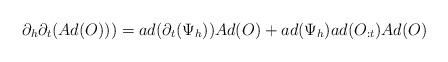
LaTeX: \begin{align*}\partial_h\partial_t(Ad(O))) = ad(\partial_t(\Psi_h)) Ad(O) + ad(\Psi_h) ad(O_{:t}) Ad(O)\end{align*}